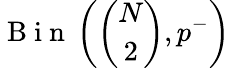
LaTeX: \mathrm{~B~i~n~}\left(\binom{N}{2},p^{-}\right)